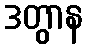
ဒတွာန